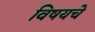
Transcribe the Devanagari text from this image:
विषयचे